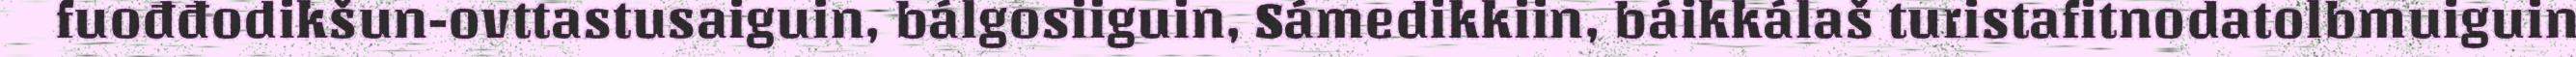
fuođđodikšun-ovttastusaiguin, bálgosiiguin, Sámedikkiin, báikkálaš turistafitnodatolbmuiguin